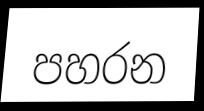
පහරන